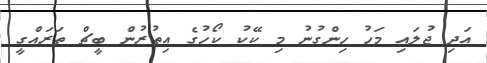
އަދި ޖުލައި މަހު ހިންގުނު މި ކޭކު ކޯހުގެ އިތުރުން ބީޗް ތަރައްގީ